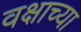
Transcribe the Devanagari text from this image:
वक्षाच्या